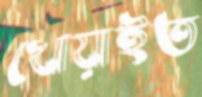
খোয়াইত